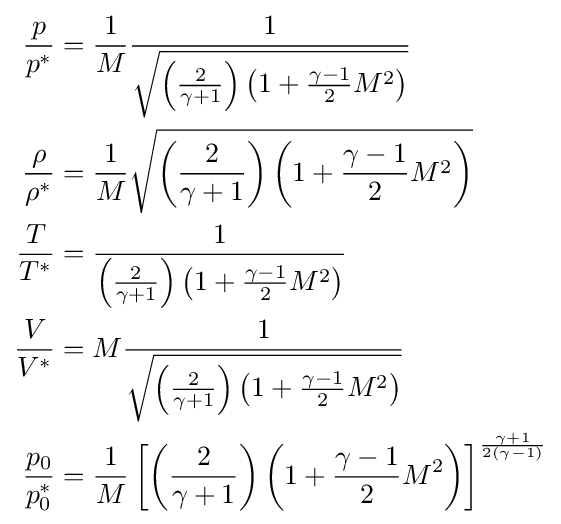
{\begin{aligned}{\frac {p}{p^{*}}}&={\frac {1}{M}}{\frac {1}{\sqrt {\left({\frac {2}{\gamma +1}}\right)\left(1+{\frac {\gamma -1}{2}}M^{2}\right)}}}\\{\frac {\rho }{\rho ^{*}}}&={\frac {1}{M}}{\sqrt {\left({\frac {2}{\gamma +1}}\right)\left(1+{\frac {\gamma -1}{2}}M^{2}\right)}}\\{\frac {T}{T^{*}}}&={\frac {1}{\left({\frac {2}{\gamma +1}}\right)\left(1+{\frac {\gamma -1}{2}}M^{2}\right)}}\\{\frac {V}{V^{*}}}&=M{\frac {1}{\sqrt {\left({\frac {2}{\gamma +1}}\right)\left(1+{\frac {\gamma -1}{2}}M^{2}\right)}}}\\{\frac {p_{0}}{p_{0}^{*}}}&={\frac {1}{M}}\left[\left({\frac {2}{\gamma +1}}\right)\left(1+{\frac {\gamma -1}{2}}M^{2}\right)\right]^{\frac {\gamma +1}{2\left(\gamma -1\right)}}\end{aligned}}